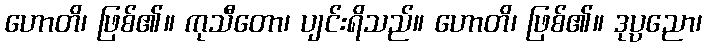
ဟောတိ၊ ဖြစ်၏။ ကုသီတော၊ ပျင်းရိသည်။ ဟောတိ၊ ဖြစ်၏။ ဒုပ္ပညော၊